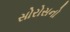
સોરોસનો